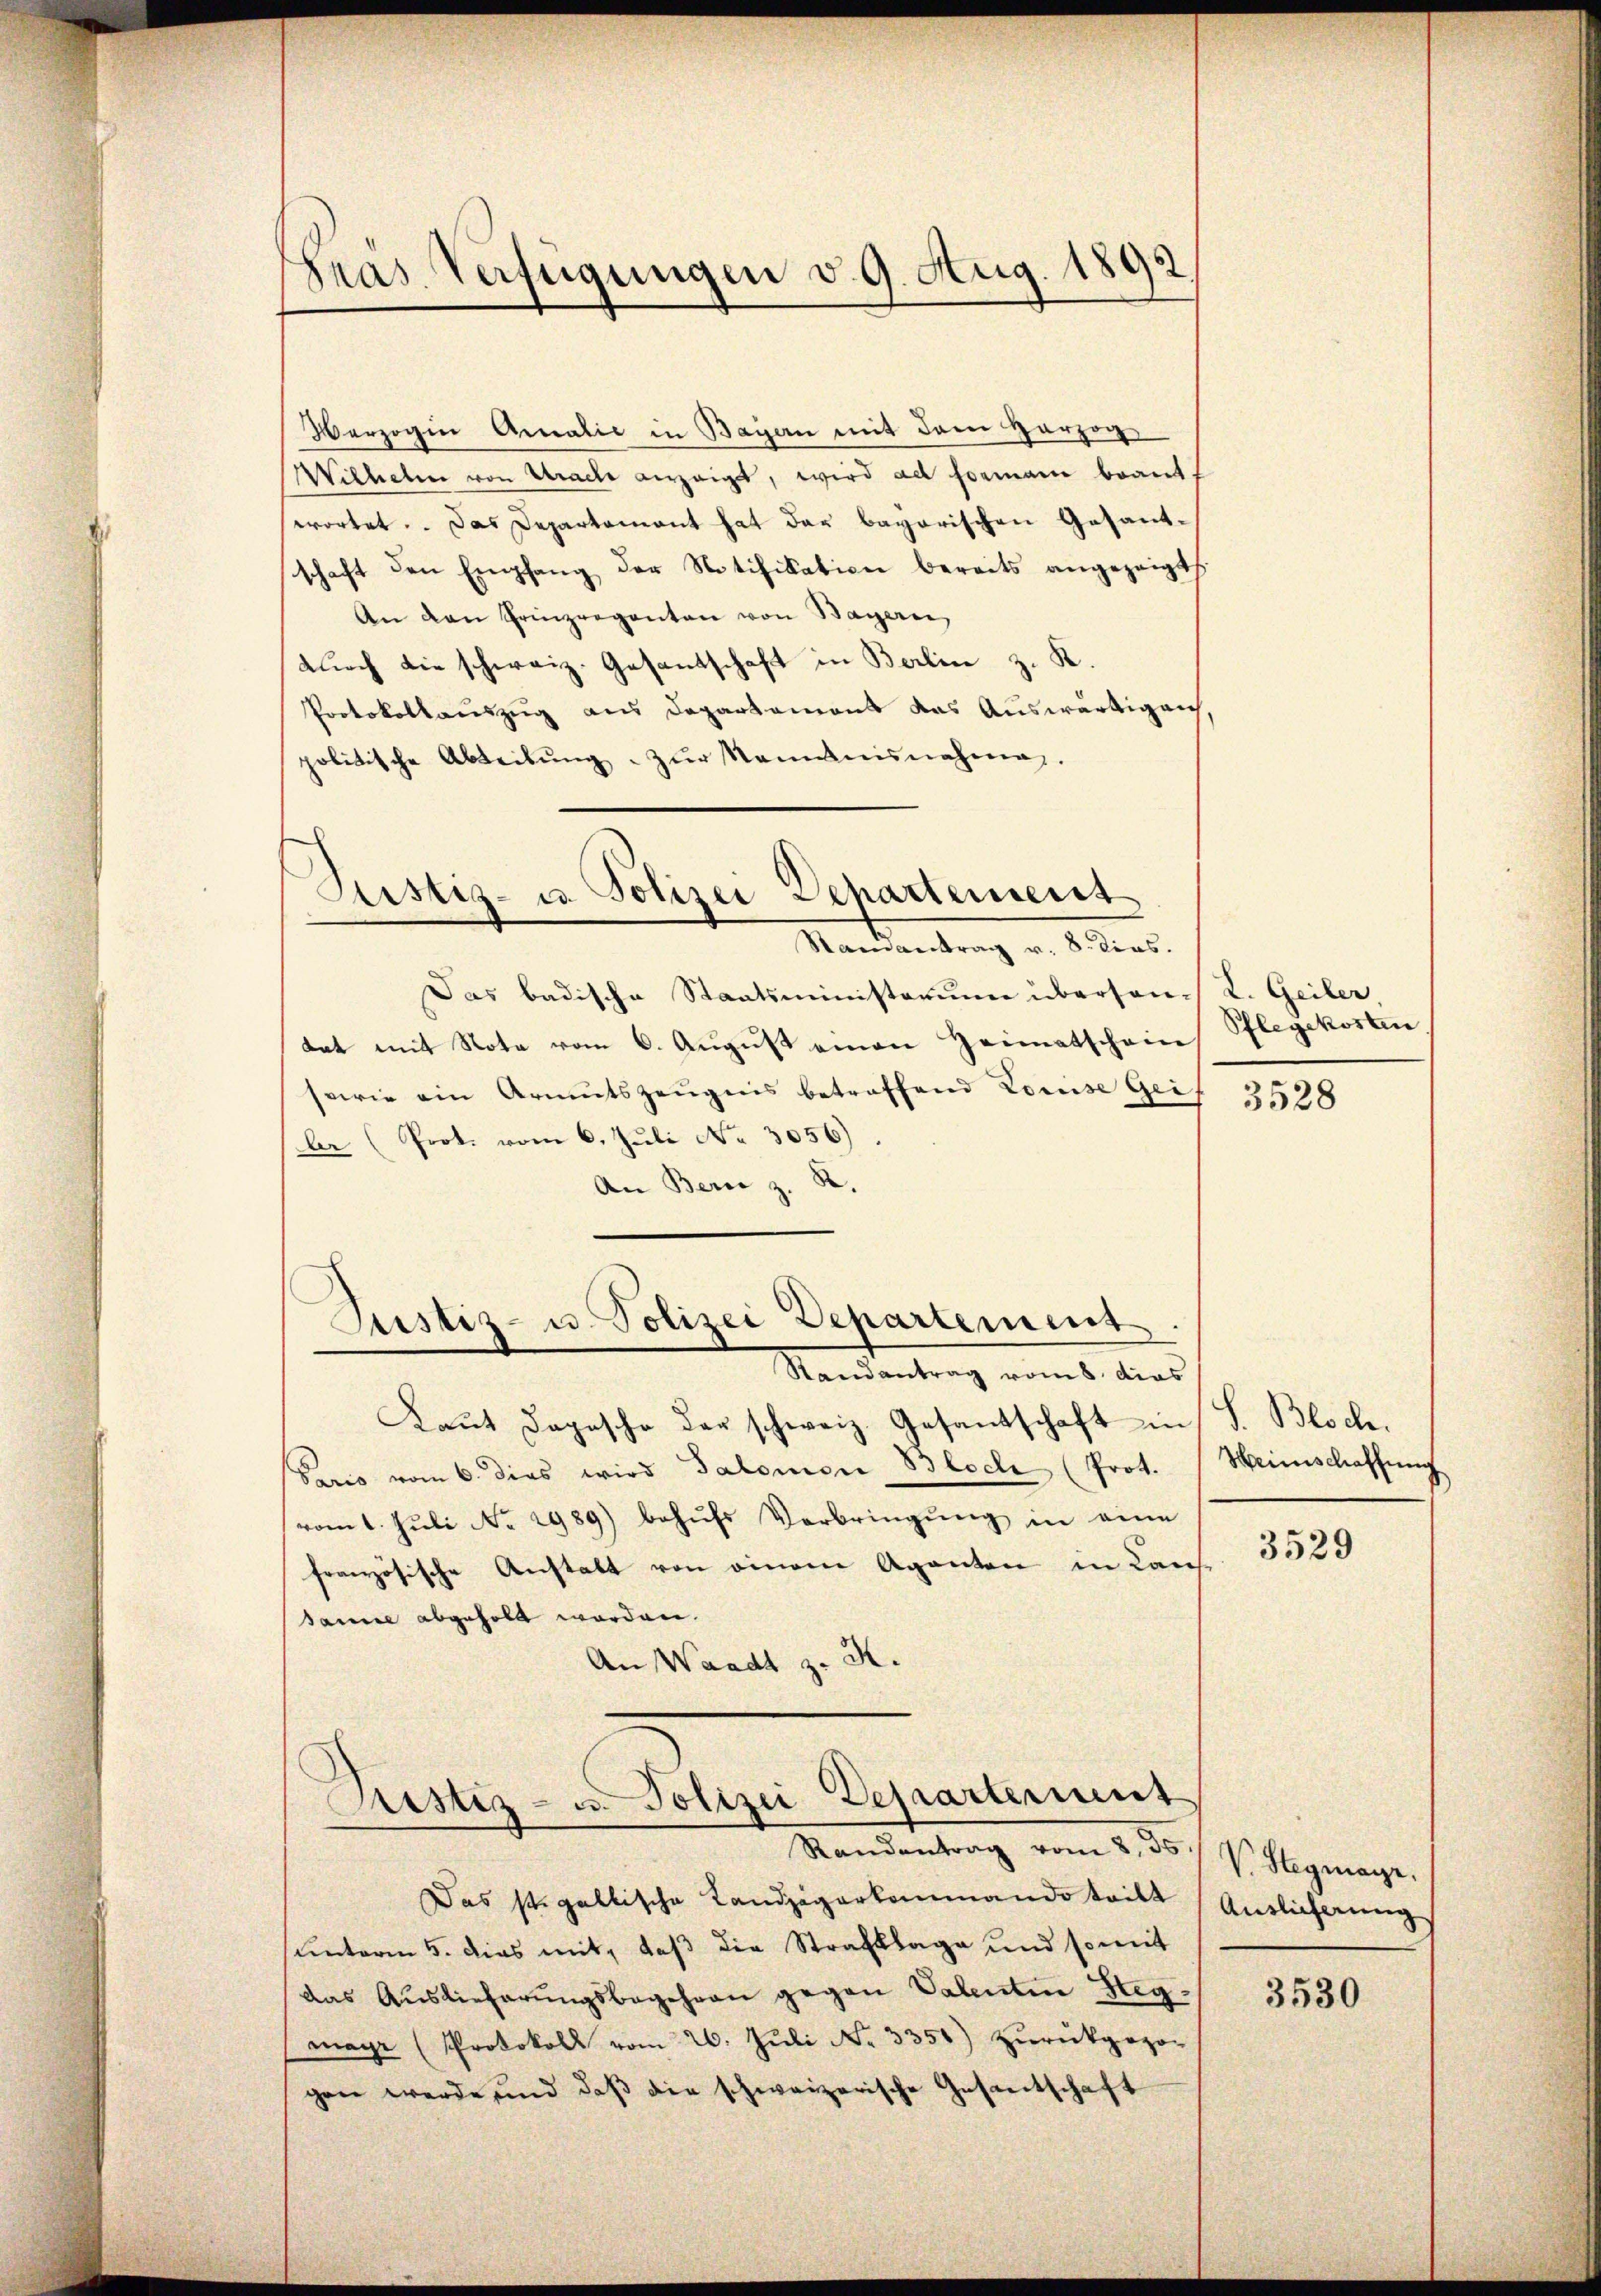
gras Verfügungen v. 9. Aug. 1892,

Verzogin Amalić in Bayern mit dem Herzog
Wilhelm von Urache verzeigt, wird als Formani beantwortet. Das Departement hat das bayerischen Gesandschaft den Empfang der Notifikation bereits angezeigt
An den Prinzreganten von Bayern,
durch die schweiz. Gesantschaft in Berlin z. K.
Protokollauszug aus Departemont das Auswärtigen
politische Abteilŭng zŭr Nominisnahme.
Randantrag v. 8. dies.
Das badische Staatsministerium überson. L. Geiler
tat mit Note vom 6. Aŭgŭst einen Heimatschein Pflegekosten
sewie ein Armutszeŭgnis betreffend Louise Geis
be (Prot. vom 6. Juli No 3056)
An Bern z. B.
Justiz- u. Polizei Departement
Randantrag vom 8. dies
Laŭt Dapasche der schweiz. Gesantschaft in
Paris vom 6. dies wird Salomon Bloch (Prot.
vom 1. Juli No 2989) behufs Verbringung in eine
französische Anstalt von einem Aganten in Cansance abgeholt worden.
An Waadt z. R.

Justiz- u Polizei Departement

Rustiz- u. Polizei Departement

Das st. gallische Landjägerkommando teilt
sunterm 5. dies mit, daß die Strafklage und somit
das Auslieferŭngsbegehren gegen Valentin Hegmayr (Protokoll vom 26. Juli Nr. 3358) zurückgezo-
gen werde und daß die schweizerische Gesantschaft

Randantrag vom 8. 35.

3528

h
S. Bloch.
Weinschaffung

3529

V. Stegmaye
Auslicherung

3530